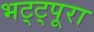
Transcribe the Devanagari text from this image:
भट्ट्पूरा